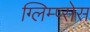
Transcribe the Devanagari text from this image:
ग्लिम्प्सेस